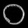
Digit: ၀